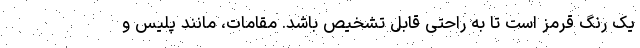
یک رنگ قرمز است تا به راحتی قابل تشخیص باشد. مقامات، مانند پلیس و